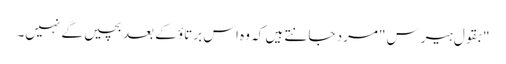
"بقول ہیرس "مرد جانتے ہیں کہ وہ اس برتاؤ کے بعد بچیں گے نہیں۔